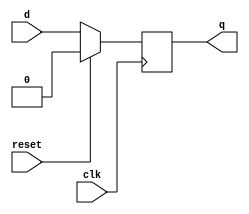
module D_ff(q,d,clk,reset);
output q;
input d,clk,reset;
reg q;
always@(negedge clk)
if(reset)
	q <= 1'b0;
else
	q <= d;
endmodule